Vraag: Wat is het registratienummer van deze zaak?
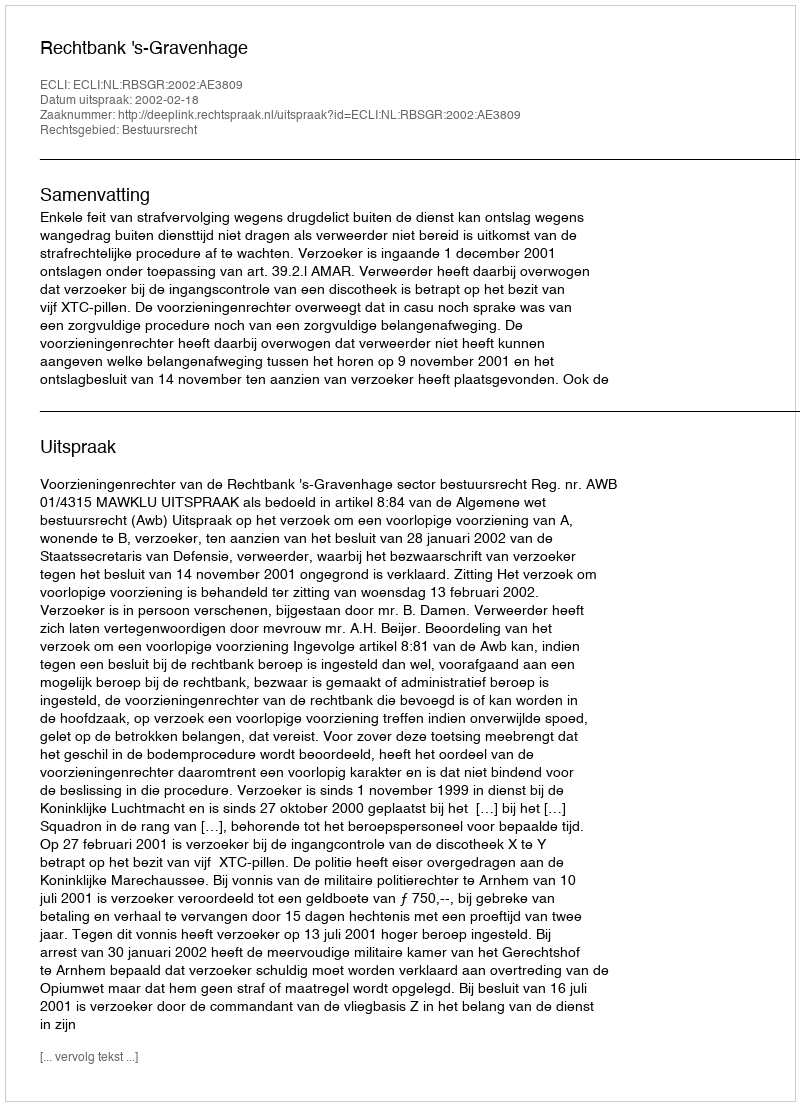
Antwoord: http://deeplink.rechtspraak.nl/uitspraak?id=ECLI:NL:RBSGR:2002:AE3809